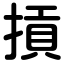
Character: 摃